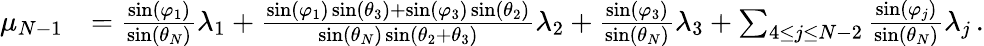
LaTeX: \begin{array}{rl}{\mu_{N-1}}&{={\frac{\sin(\varphi_{1})}{\sin(\theta_{N})}}\lambda_{1}+{\frac{\sin(\varphi_{1})\sin(\theta_{3})+\sin(\varphi_{3})\sin(\theta_{2})}{\sin(\theta_{N})\sin(\theta_{2}+\theta_{3})}}\lambda_{2}+{\frac{\sin(\varphi_{3})}{\sin(\theta_{N})}}\lambda_{3}+\sum_{4\leq j\leq N-2}{\frac{\sin(\varphi_{j})}{\sin(\theta_{N})}}\lambda_{j}\, .}\end{array}